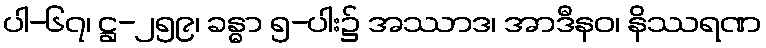
ပါ-၆၇၊ ဋ္ဌ-၂၅၉၊ ခန္ဓာ ၅-ပါး၌ အဿာဒ၊ အာဒီနဝ၊ နိဿရဏ